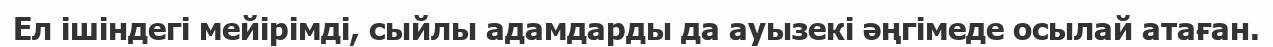
Ел ішіндегі мейірімді, сыйлы адамдарды да ауызекі әңгімеде осылай атаған.